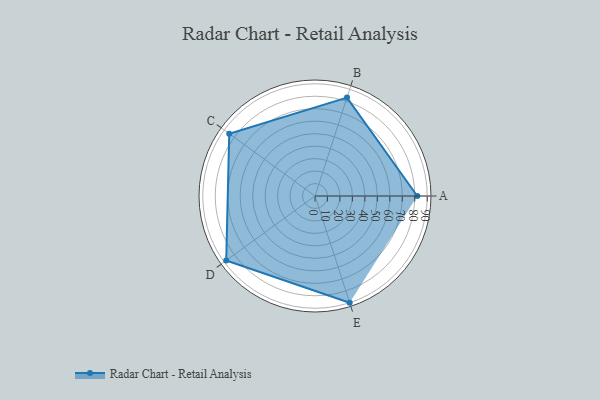
{"axis": {"x": "Skill", "y": "Score"}, "legend": ["Profile"], "data": [{"x": "A", "y": 82.0, "type": "Profile"}, {"x": "B", "y": 83.0, "type": "Profile"}, {"x": "C", "y": 85.0, "type": "Profile"}, {"x": "D", "y": 88.0, "type": "Profile"}, {"x": "E", "y": 90.0, "type": "Profile"}]}